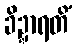
ခိဍ္ဍာရတိံ